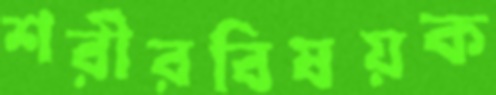
শরীরবিষয়ক